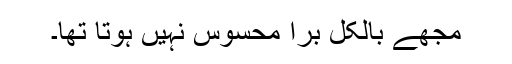
مجھے بالکل برا محسوس نہیں ہوتا تھا۔